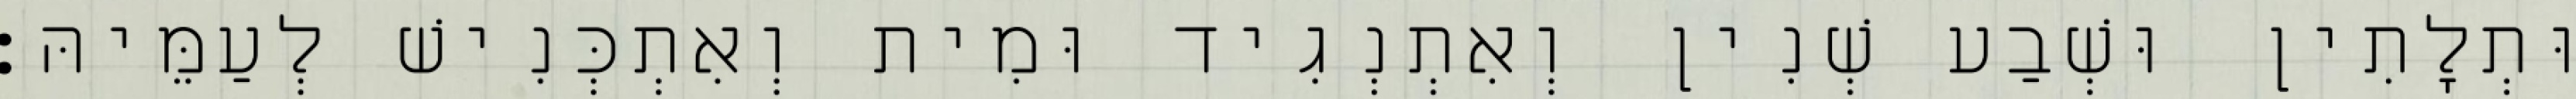
וּתְלָתִין וּשְׁבַע שְׁנִין וְאִתְנְגִיד וּמִית וְאִתְכְּנִישׁ לְעַמֵּיהּ׃